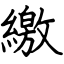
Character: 繳